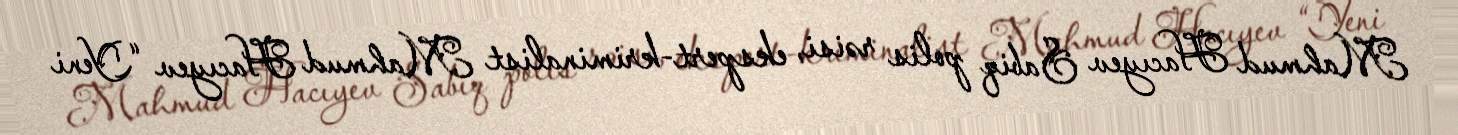
Mahmud Hacıyev Sabiq polis rəisi, ekspert-kriminalist Mahmud Hacıyev “Yeni